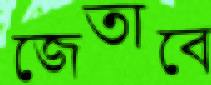
জেতাবে